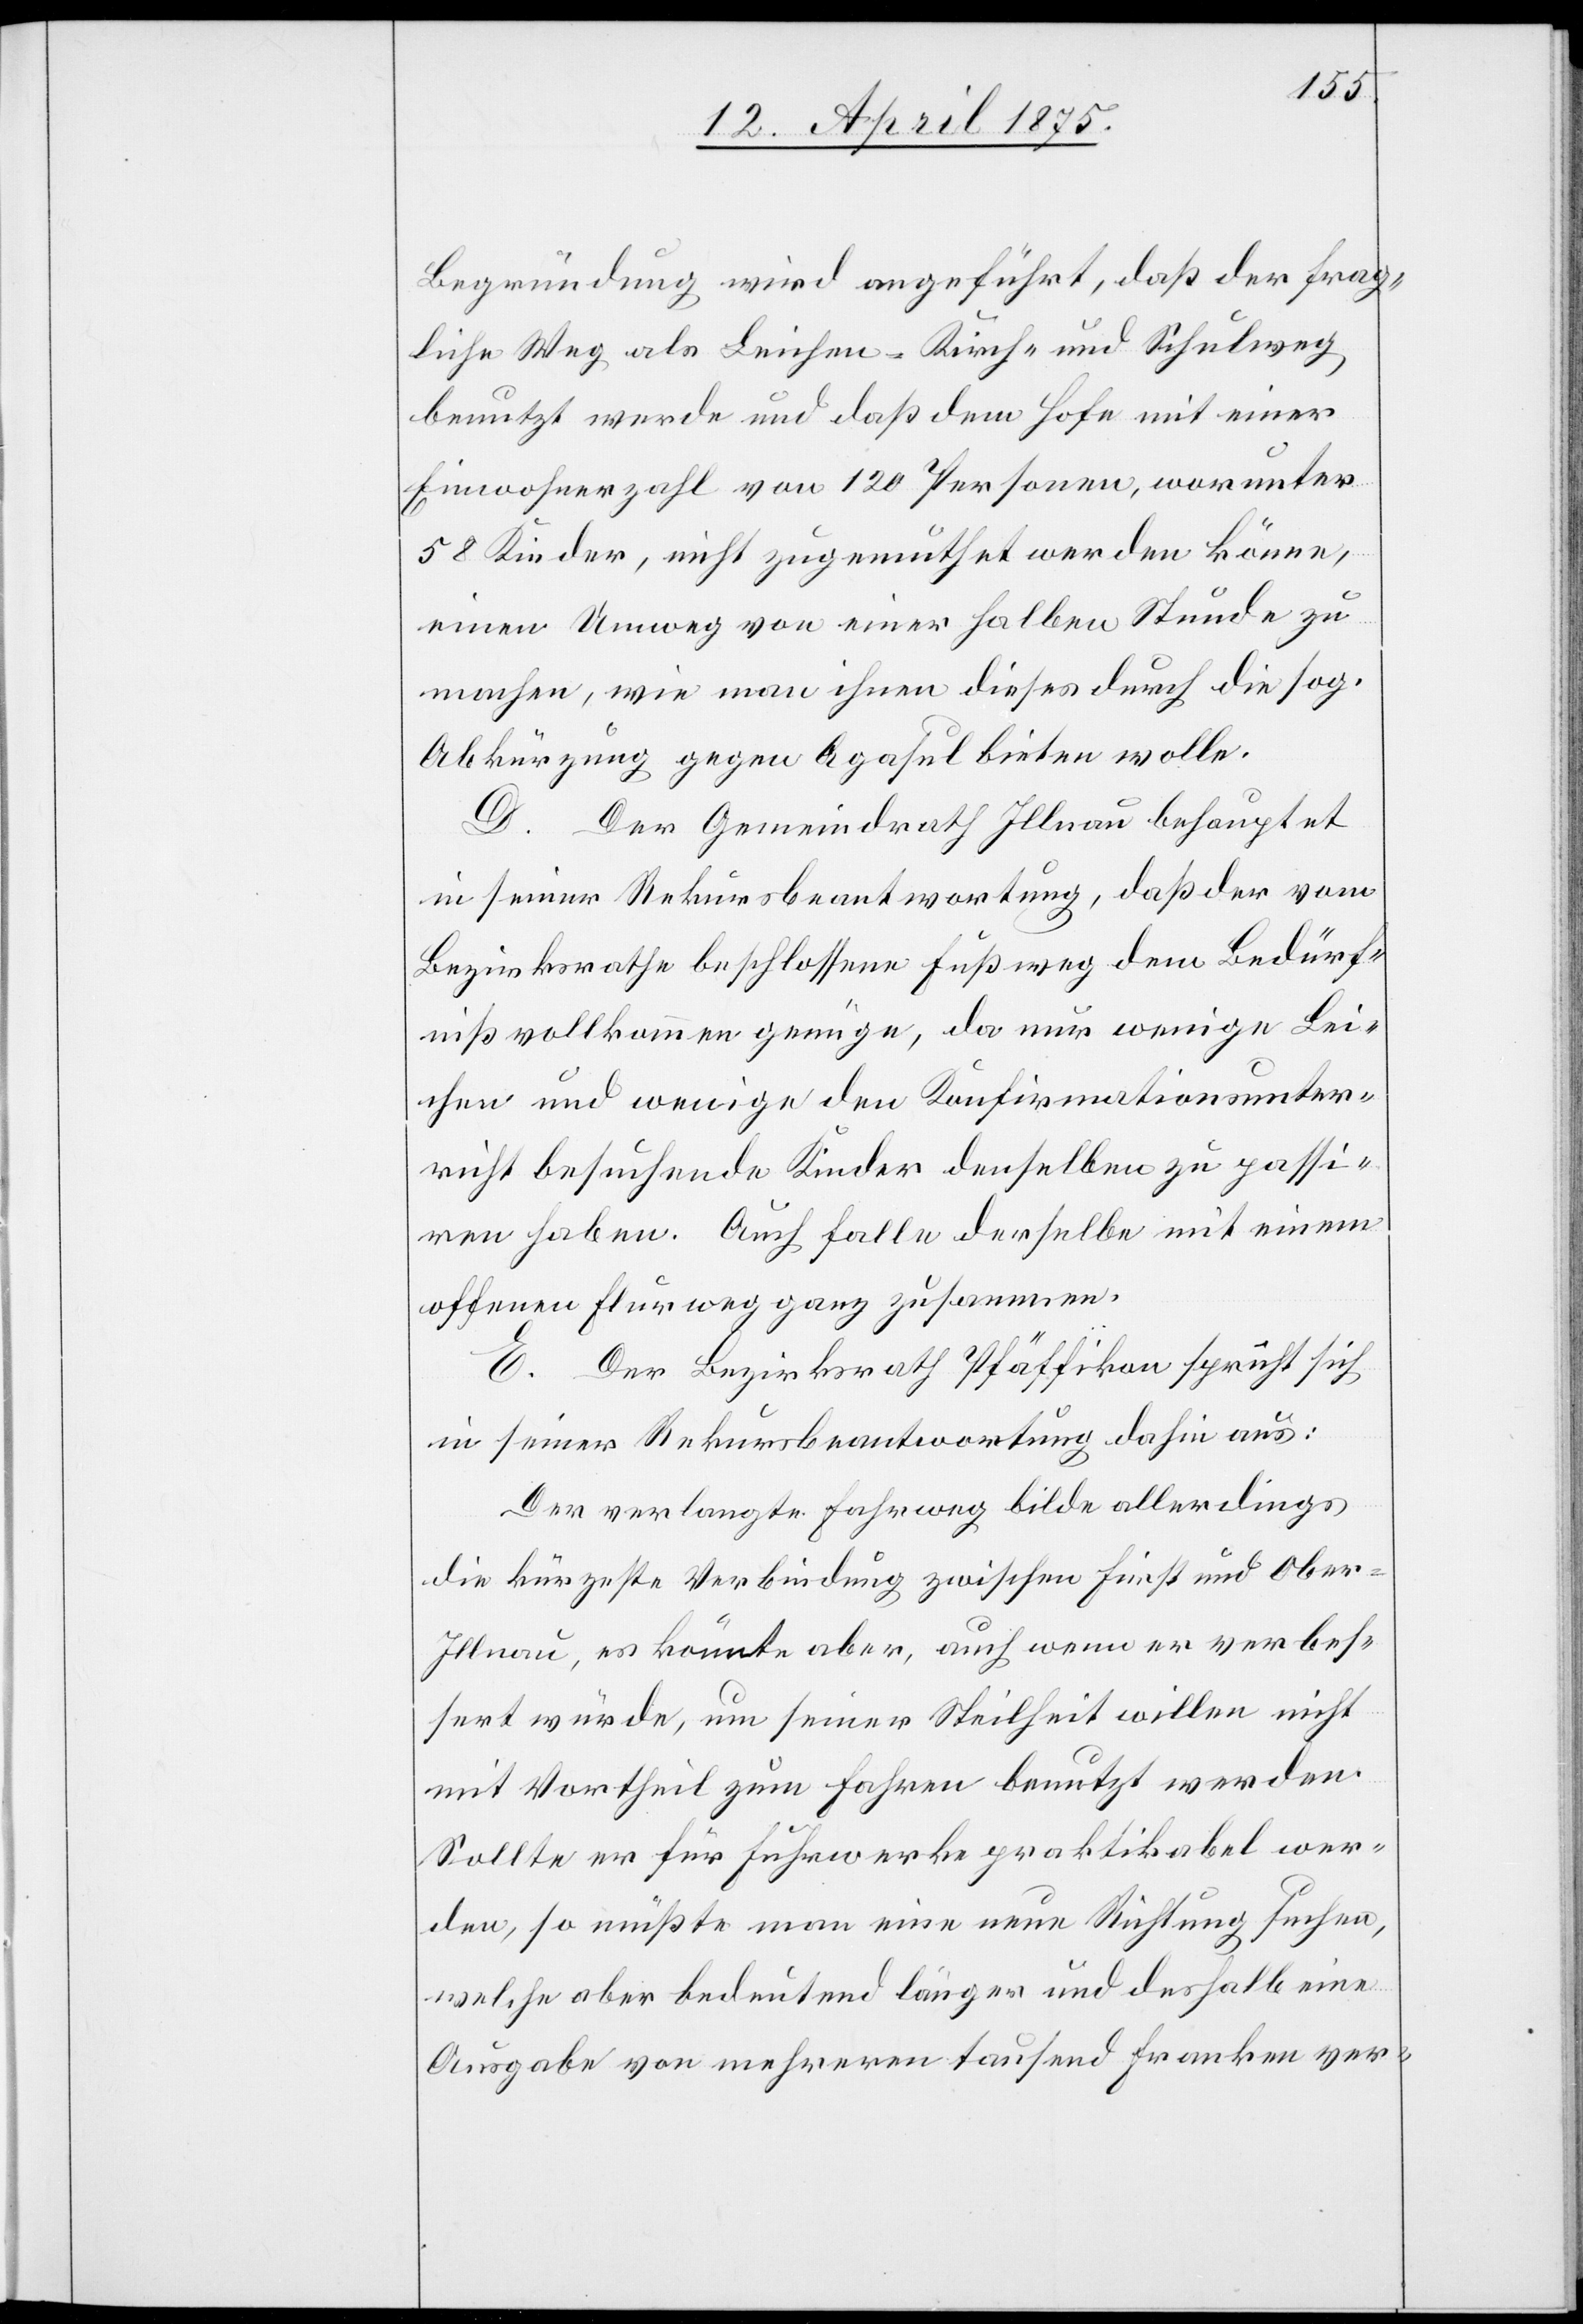
Begründung wird angeführt, daß der frag¬
liche Weg als Leichen- Kirch- und Schulweg
benutzt werde und daß dem Hofe mit einer
Einwohnerzahl von 120 Personen, worunter
58 Kinder, nicht zugemuthet werden könne,
einen Umweg von einer halben Stunde zu
machen, wie man ihnen dieses durch die sog.
Abkürzung gegen Agasul bieten wolle.
D. Der Gemeindrath Illnau behauptet
in seiner Rekursbeantwortung, daß der vom
Bezirksrathe beschlossene Fußweg dem Bedürf¬
niß vollkommen genüge, da nur wenige Lei¬
chen und wenige den Konfirmationsunter¬
richt besuchende Kinder denselben zu passi¬
ren haben. Auch falle derselbe mit einem
offenen Flurweg ganz zusammen.
E. Der Bezirksrath Pfäffikon spricht sich
in seiner Rekursbeantwortung dahin aus:
Der vorgelegte Fahrweg bilde allerdings
die kürzeste Verbindung zwischen First und Ober-I¬
llnau, es könnte aber, auch wenn er verbes¬
sert würde, um seiner Steilheit willen nicht
mit Vortheil zum Fahren benutzt werden.
Sollte er für Fuhrwerke praktikabel wer¬
den, so müßte man eine neue Richtung suchen,
welche aber bedeutend länger und deshalb eine
Ausgabe von mehreren tausend Franken ver-